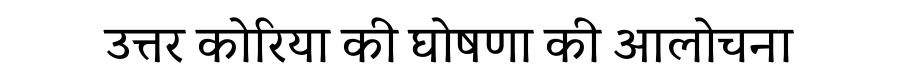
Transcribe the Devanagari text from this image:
उत्तर कोरिया की घोषणा की आलोचना